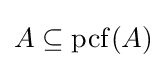
A\subseteq \operatorname {pcf} (A)